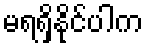
မရရှိနိုင်ပါက